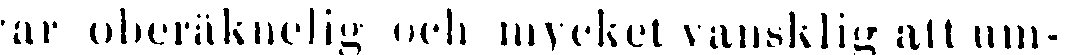
var oberäknelig och mycket vansklig att um-